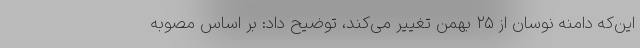
این‌که دامنه نوسان از ۲۵ بهمن‌ تغییر می‌کند، توضیح داد: بر اساس مصوبه